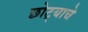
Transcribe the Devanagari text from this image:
छोट्याचे